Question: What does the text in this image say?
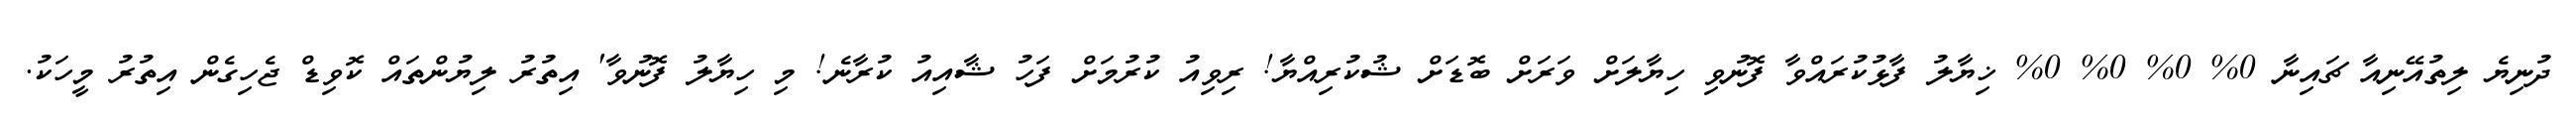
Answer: ދުނިޔެ ލިތުއޭނިއާ ޗައިނާ 0% 0% 0% 0% ޚިޔާލު ފާޅުކުރައްވާ ފޮނުވި ހިޔާލަށް ވަރަށް ބޮޑަށް ޝުކުރިއްޔާ! ރިވިއު ކުރުމަށް ފަހު ޝާއިއު ކުރާނެ! މި ހިޔާލު ފޮނުވާ' އިތުރު ލިޔުންތައް ކޮވިޑް ޖެހިގެން އިތުރު މީހަކު.